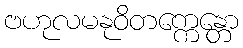
ဗဟုလမနုဝိတက္ကေန္တော